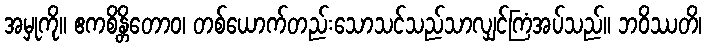
အမှုကို။ ဧကစိန္တိတောဝ၊ တစ်ယောက်တည်းသောသင်သည်သာလျှင်ကြံအပ်သည်။ ဘဝိဿတိ၊